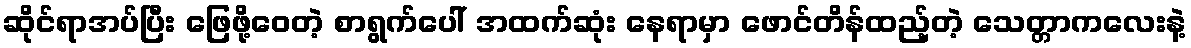
ဆိုင်ရာအပ်ပြီး ဖြေဖို့ဝေတဲ့ စာရွက်ပေါ် အထက်ဆုံး နေရာမှာ ဖောင်တိန်ထည့်တဲ့ သေတ္တာကလေးနဲ့